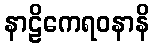
နာဠိကေရဝနာနိ